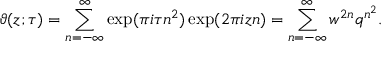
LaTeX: \vartheta ( z ; \tau ) = \sum _ { n = - \infty } ^ { \infty } \exp ( \pi i \tau n ^ { 2 } ) \exp ( 2 \pi i z n ) = \sum _ { n = - \infty } ^ { \infty } w ^ { 2 n } q ^ { n ^ { 2 } } .